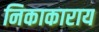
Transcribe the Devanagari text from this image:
निकाकाराय